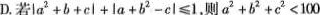
D.若$$\left | a ^ { 2 } + b + c \right | + \left | a + b ^ { 2 } - c \right | ≤ 1$$,则$$a ^ { 2 } + b ^ { 2} + c ^ { 2 }< 1 0 0$$